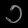
Digit: ၁